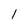
Character: l